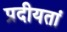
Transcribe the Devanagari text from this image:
प्रदीयतां